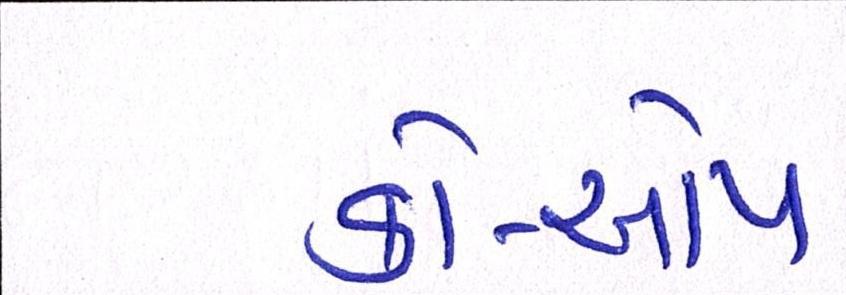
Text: કો-ઓપ